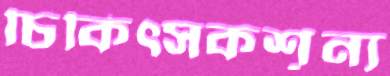
চিকিত্সকশূন্য